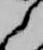
之